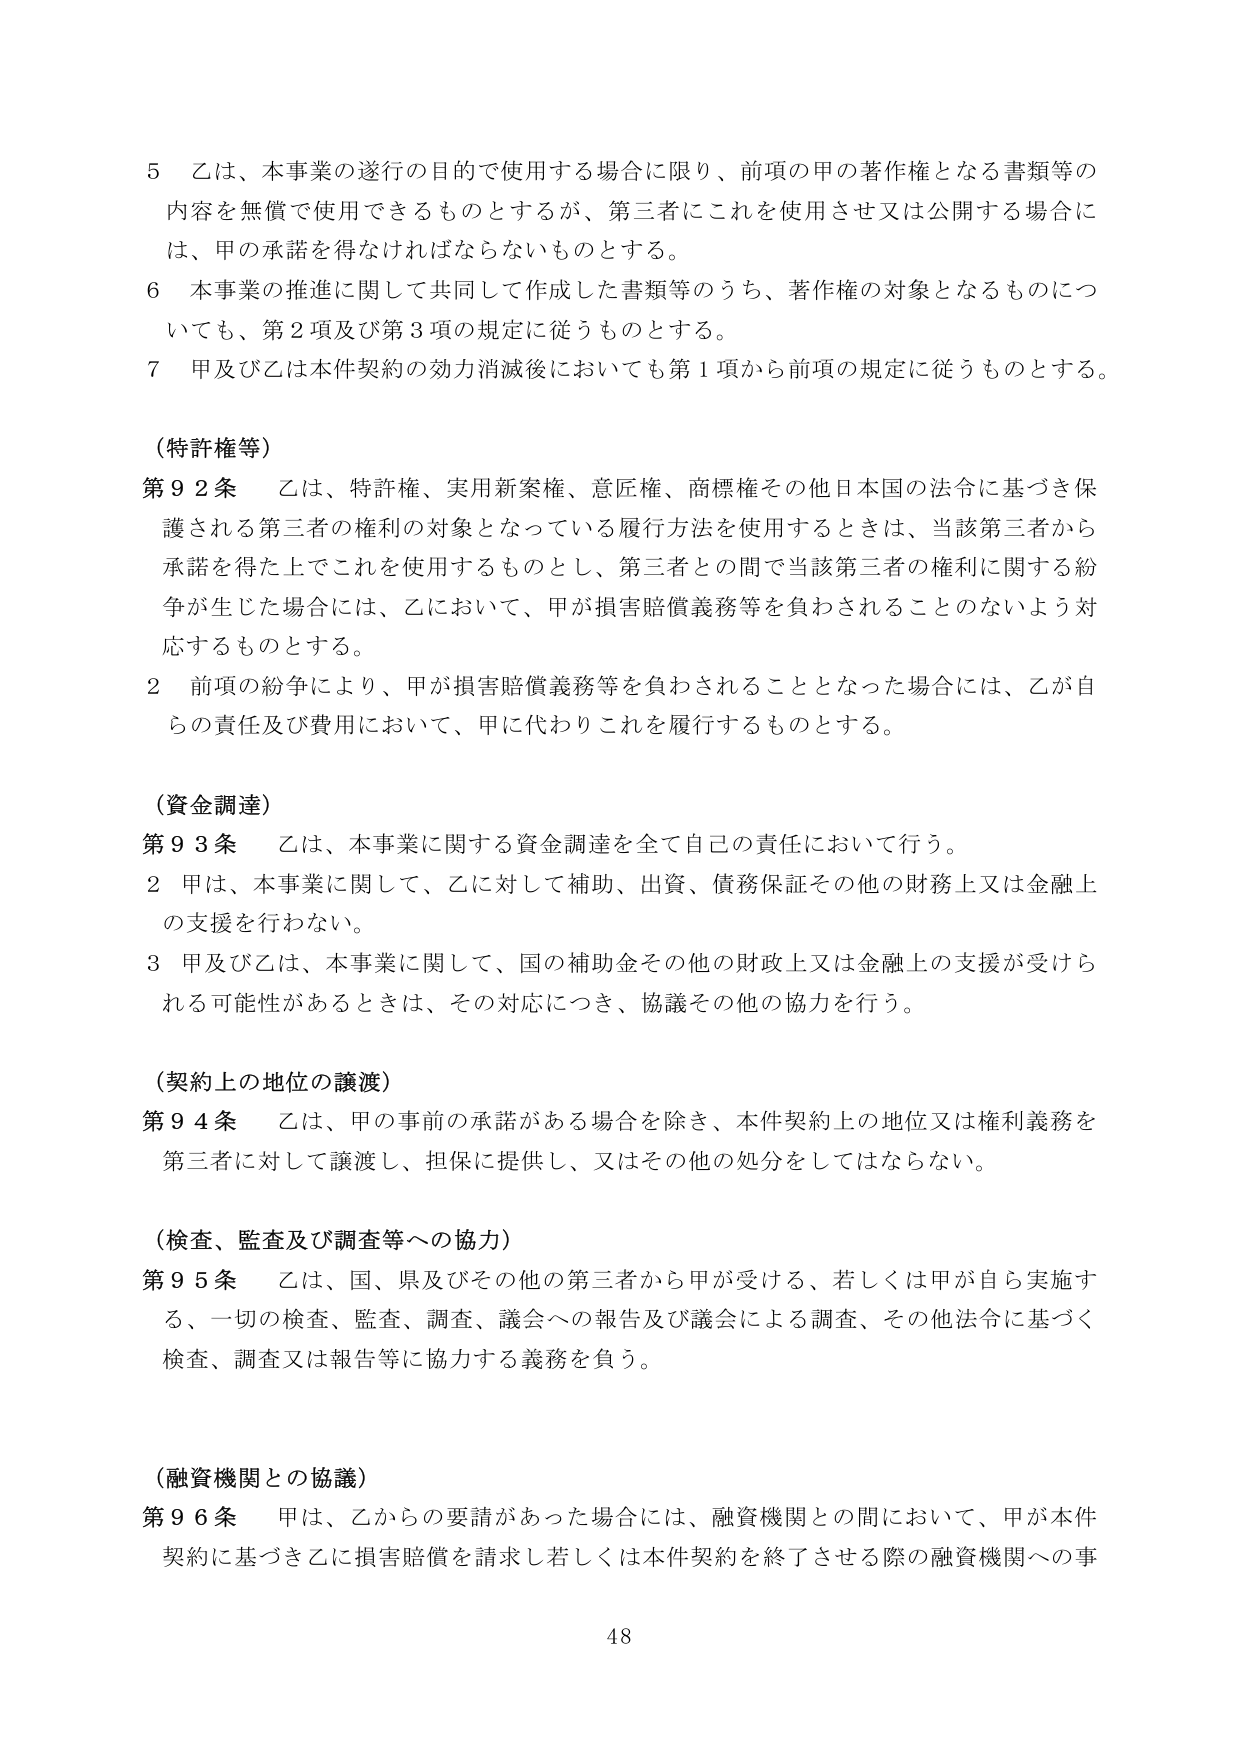
5 乙は、本事業の遂行の目的で使用する場合に限り、前項の甲の著作権となる書類等の内容を無償で使用できるものとするが、第三者にこれを使用させ又は公開する場合には、甲の承諾を得なければならないものとする。

6 本事業の推進に関して共同して作成した書類等のうち、著作権の対象となるものについても、第2項及び第3項の規定に従うものとする。

7 甲及び乙は本件契約の効力消滅後においても第1項から前項の規定に従うものとする。

（特許権等）

第92条 乙は、特許権、実用新案権、意匠権、商標権その他日本国の法令に基づき保護される第三者の権利の対象となっている履行方法を使用するときは、当該第三者から承諾を得た上でこれを使用するものとし、第三者との間で当該第三者の権利に関する紛争が生じた場合には、乙において、甲が損害賠償義務等を負わされることのないよう対応するものとする。

2 前項の紛争により、甲が損害賠償義務等を負わされることとなった場合には、乙が自らの責任及び費用において、甲に代わりこれを履行するものとする。

（資金調達）

第93条 乙は、本事業に関する資金調達を全て自己の責任において行う。

2 甲は、本事業に関して、乙に対して補助、出資、債務保証その他の財務上又は金融上の支援を行わない。

3 甲及び乙は、本事業に関して、国の補助金その他の財政上又は金融上の支援が受けられる可能性があるときは、その対応につき、協議その他の協力を行う。

（契約上の地位の譲渡）

第94条 乙は、甲の事前の承諾がある場合を除き、本件契約上の地位又は権利義務を第三者に対して譲渡し、担保に提供し、又はその他の処分をしてはならない。

（検査、監査及び調査等への協力）

第95条 乙は、国、県及びその他の第三者から甲が受ける、若しくは甲が自ら実施する、一切の検査、監査、調査、議会への報告及び議会による調査、その他法令に基づく検査、調査又は報告等に協力する義務を負う。

（融資機関との協議）

第96条 甲は、乙からの要請があった場合には、融資機関との間において、甲が本件契約に基づき乙に損害賠償を請求し若しくは本件契約を終了させる際の融資機関への事

48